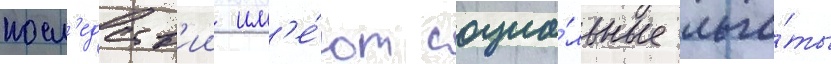
посл'едств'ии им'е́ют социа́льные льго́ты